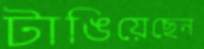
টাঙিয়েছেন